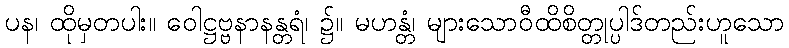
ပန၊ ထိုမှတပါး။ ဝေါဋ္ဌဗ္ဗနာနန္တရံ၊ ၌။ မဟန္တံ၊ များသောဝီထိစိတ္တုပ္ပါဒ်တည်းဟူသော